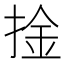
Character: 捦